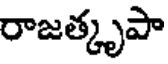
రాజత్కృపా